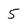
Character: 5